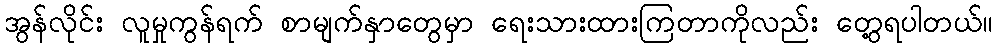
အွန်လိုင်း လူမှုကွန်ရက် စာမျက်နှာတွေမှာ ရေးသားထားကြတာကိုလည်း တွေ့ရပါတယ်။